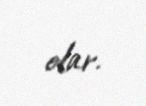
olar.